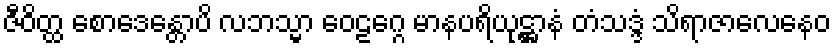
ဇီဝိတ္ထ စောဒေန္တောပိ လဘသ္မာ ဝေဠဂ္ဂေ မာနပရိယုဋ္ဌာနံ တံသဒ္ဒံ သိရာဇာလေနေဝ